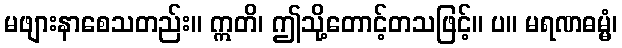
မဖျားနာစေသတည်း။ ဣတိ၊ ဤသို့တောင့်တသဖြင့်။ ပ။ မရဏဓမ္မံ၊